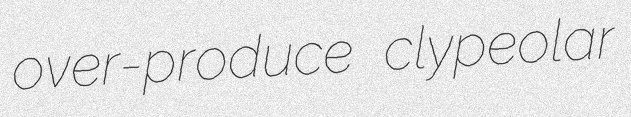
over-produce clypeolar